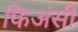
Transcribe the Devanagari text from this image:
फिअंसी